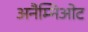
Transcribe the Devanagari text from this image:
अनैम्निओट